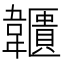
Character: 𩏱